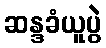
ဆန္ဒခံယူပွဲ